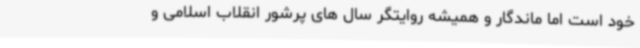
خود است اما ماندگار و همیشه روایتگر سال های پرشور انقلاب اسلامی و